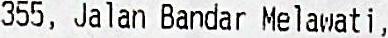
355, JALAN BANDAR MELAWATI,